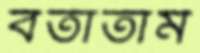
বর্তাতাম